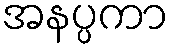
အနပ္ပကာ